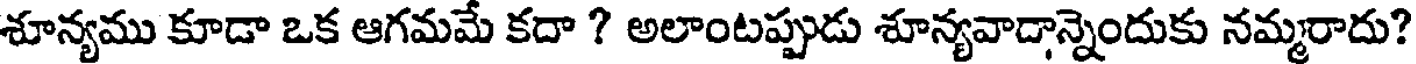
శూన్యము కూడా ఒక ఆగమమే కదా ? అలాంటప్పుడు శూన్యవాడాన్నెందుకు నమ్మరాదు?